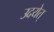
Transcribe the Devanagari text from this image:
उदयेत्‌